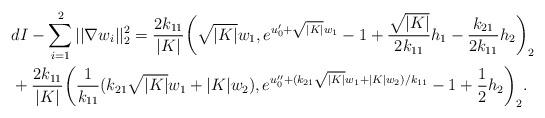
LaTeX: \begin{align*}&dI-\sum_{i=1}^{2}||\nabla w_i||^2_2= \dfrac{2k_{11}}{|K|}\bigg(\sqrt{|K|}w_1,e^{u_0'+\sqrt{|K|}w_1}-1+\dfrac{\sqrt{|K|}}{2k_{11}}h_1-\frac{k_{21}}{2k_{11}}h_2\bigg)_2\\&+\dfrac{2k_{11}}{|K|}\bigg(\frac{1}{k_{11}}(k_{21}\sqrt{|K|}w_1+|K|w_2),e^{u_0''+(k_{21}\sqrt{|K|}w_1+|K|w_2)/k_{11}}-1+ \dfrac{1}{2}h_2\bigg)_2.\end{align*}